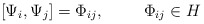
\begin{align*}[ \Psi_i , \Psi_j ] = \Phi_{ij}, \rule{1cm}{0cm} \Phi_{ij} \in H \end{align*}